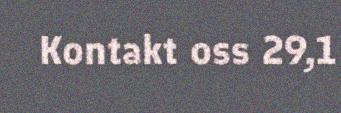
Kontakt oss 29,1